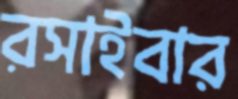
রসাইবার